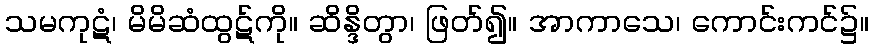
သမကုဋံ၊ မိမိဆံထွဋ်ကို။ ဆိန္ဒိတွာ၊ ဖြတ်၍။ အာကာသေ၊ ကောင်းကင်၌။